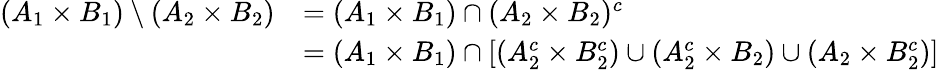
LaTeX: \begin{array}{rl}{(A_{1}\times B_{1})\setminus(A_{2}\times B_{2})}&{=(A_{1}\times B_{1})\cap(A_{2}\times B_{2})^{c}}\\ &{=(A_{1}\times B_{1})\cap\left[(A_{2}^{c}\times B_{2}^{c})\cup(A_{2}^{c}\times B_{2})\cup(A_{2}\times B_{2}^{c})\right]}\end{array}